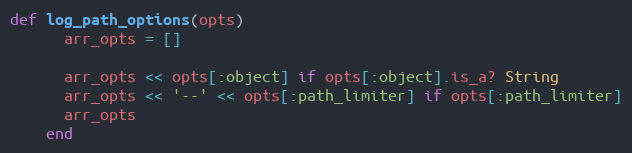
Language: Ruby
def log_path_options(opts)
      arr_opts = []

      arr_opts << opts[:object] if opts[:object].is_a? String
      arr_opts << '--' << opts[:path_limiter] if opts[:path_limiter]
      arr_opts
    end